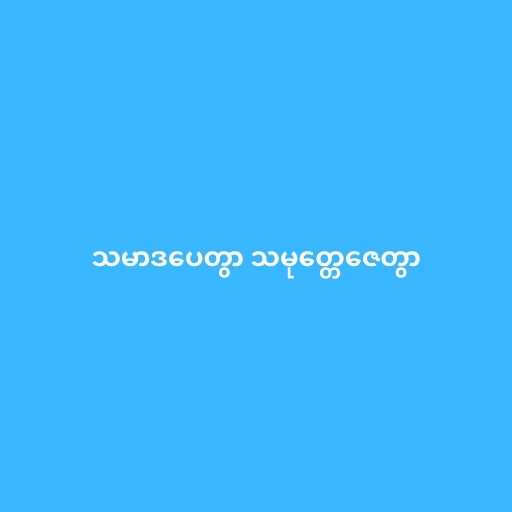
သမာဒပေတွာ သမုတ္တေဇေတွာ